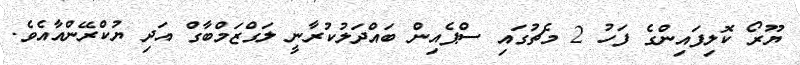
ޔޫރޯ ކޮލިފައިންގެ ފަހު 2 މެޗުގައި ސްޕެއިން ބައްދަލުކުރާނީ ލަގްޒަމްބާގް އަދި ޔުކްރޭންއާއެވެ.